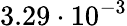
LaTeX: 3.29\cdot 10^{-3}